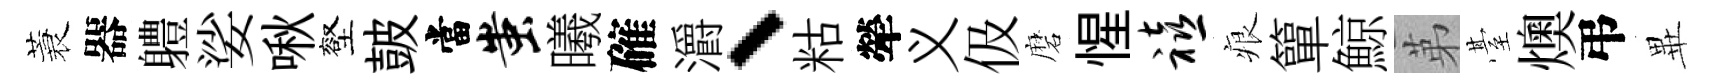
蓑器軆娑啾壑皷當蚩曦確灂、䊀犖义伋磨惺禧痕簞鯨苐䑓燠弔𭺾